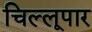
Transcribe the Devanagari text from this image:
चिल्लूपार